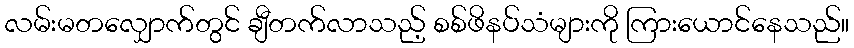
လမ်းမတလျှောက်တွင် ချီတက်လာသည့် စစ်ဖိနပ်သံများကို ကြားယောင်နေသည်။